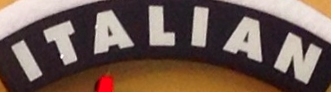
ITALIAN